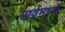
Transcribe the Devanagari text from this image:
सर्वमध्ये